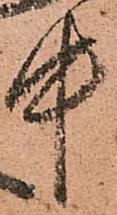
中